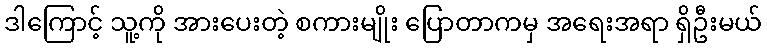
ဒါကြောင့် သူ့ကို အားပေးတဲ့ စကားမျိုး ပြောတာကမှ အရေးအရာ ရှိဦးမယ်